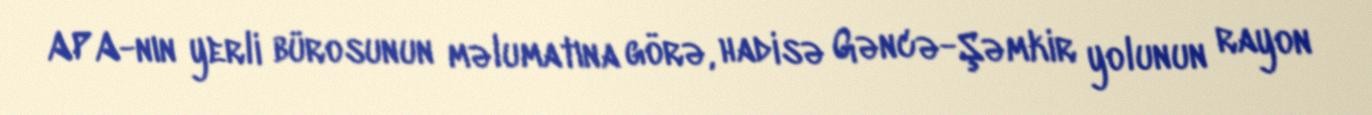
APA-nın yerli bürosunun məlumatına görə, hadisə Gəncə-Şəmkir yolunun rayon